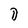
Character: D